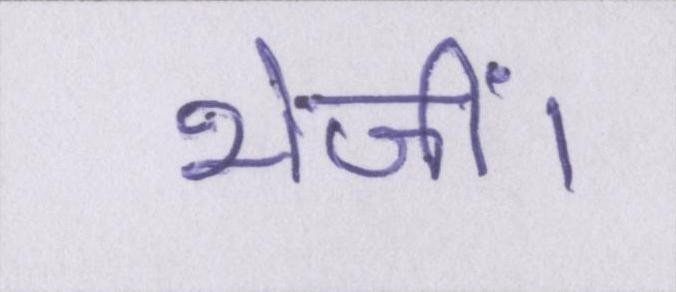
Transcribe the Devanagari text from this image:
भेजीं।